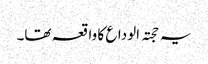
یہ حجتہ الوداع کا واقعہ تھا۔